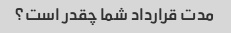
مدت قرارداد شما چقدر است؟